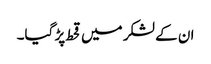
ان کے لشکر میں قحط پڑ گیا۔